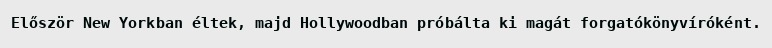
Először New Yorkban éltek, majd Hollywoodban próbálta ki magát forgatókönyvíróként.